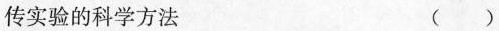
传实验的科学方法()